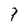
Character: 7